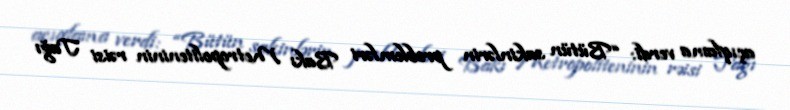
açıqlama verdi: “Bütün sakinlərin problemləri Bakı Metropoliteninin rəisi Tağı